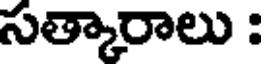
సత్కారాలు :